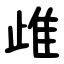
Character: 䧳